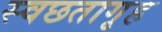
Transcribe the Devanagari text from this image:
स्वछतागृह